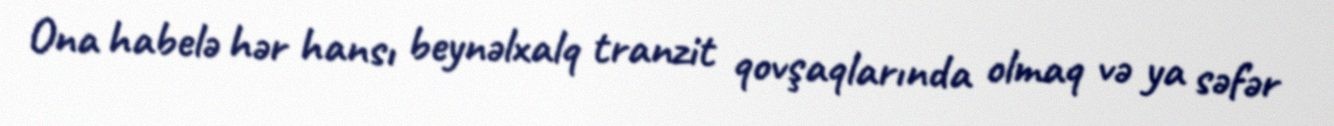
Ona habelə hər hansı beynəlxalq tranzit qovşaqlarında olmaq və ya səfər